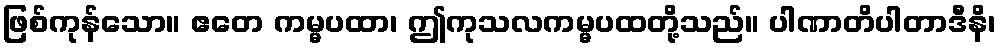
ဖြစ်ကုန်သော။ ဧတေ ကမ္မပထာ၊ ဤကုသလကမ္မပထတို့သည်။ ပါဏာတိပါတာဒီနိ၊